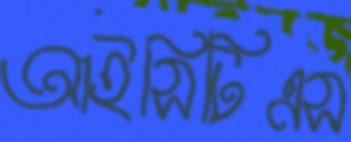
আইসিটিএস